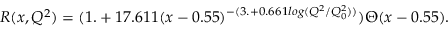
R ( x , Q ^ { 2 } ) = ( 1 . + 1 7 . 6 1 1 ( x - 0 . 5 5 ) ^ { - ( 3 . + 0 . 6 6 1 l o g ( Q ^ { 2 } / Q _ { 0 } ^ { 2 } ) ) } ) \Theta ( x - 0 . 5 5 ) .